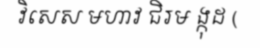
វិសេស មហាវ ជិរម ង្កុដ (